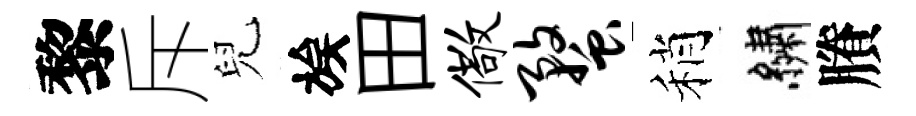
黎斥兒族田儆蝥稍繡賸